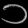
Digit: ၁